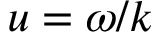
u = \omega / k